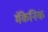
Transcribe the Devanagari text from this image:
मॅकेनिक